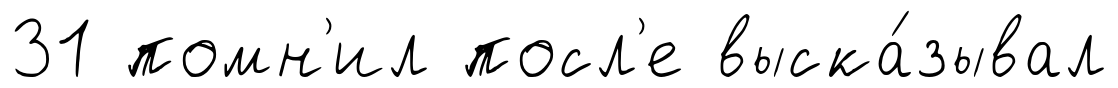
31 помн'ил посл'е выска́зывал